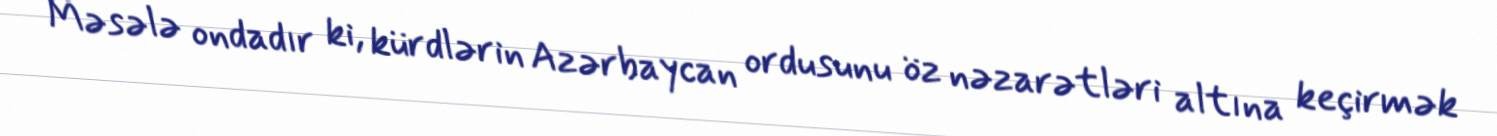
Məsələ ondadır ki, kürdlərin Azərbaycan ordusunu öz nəzarətləri altına keçirmək